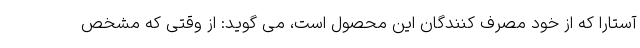
آستارا که از خود مصرف کنندگان این محصول است، می گوید: از وقتی که مشخص